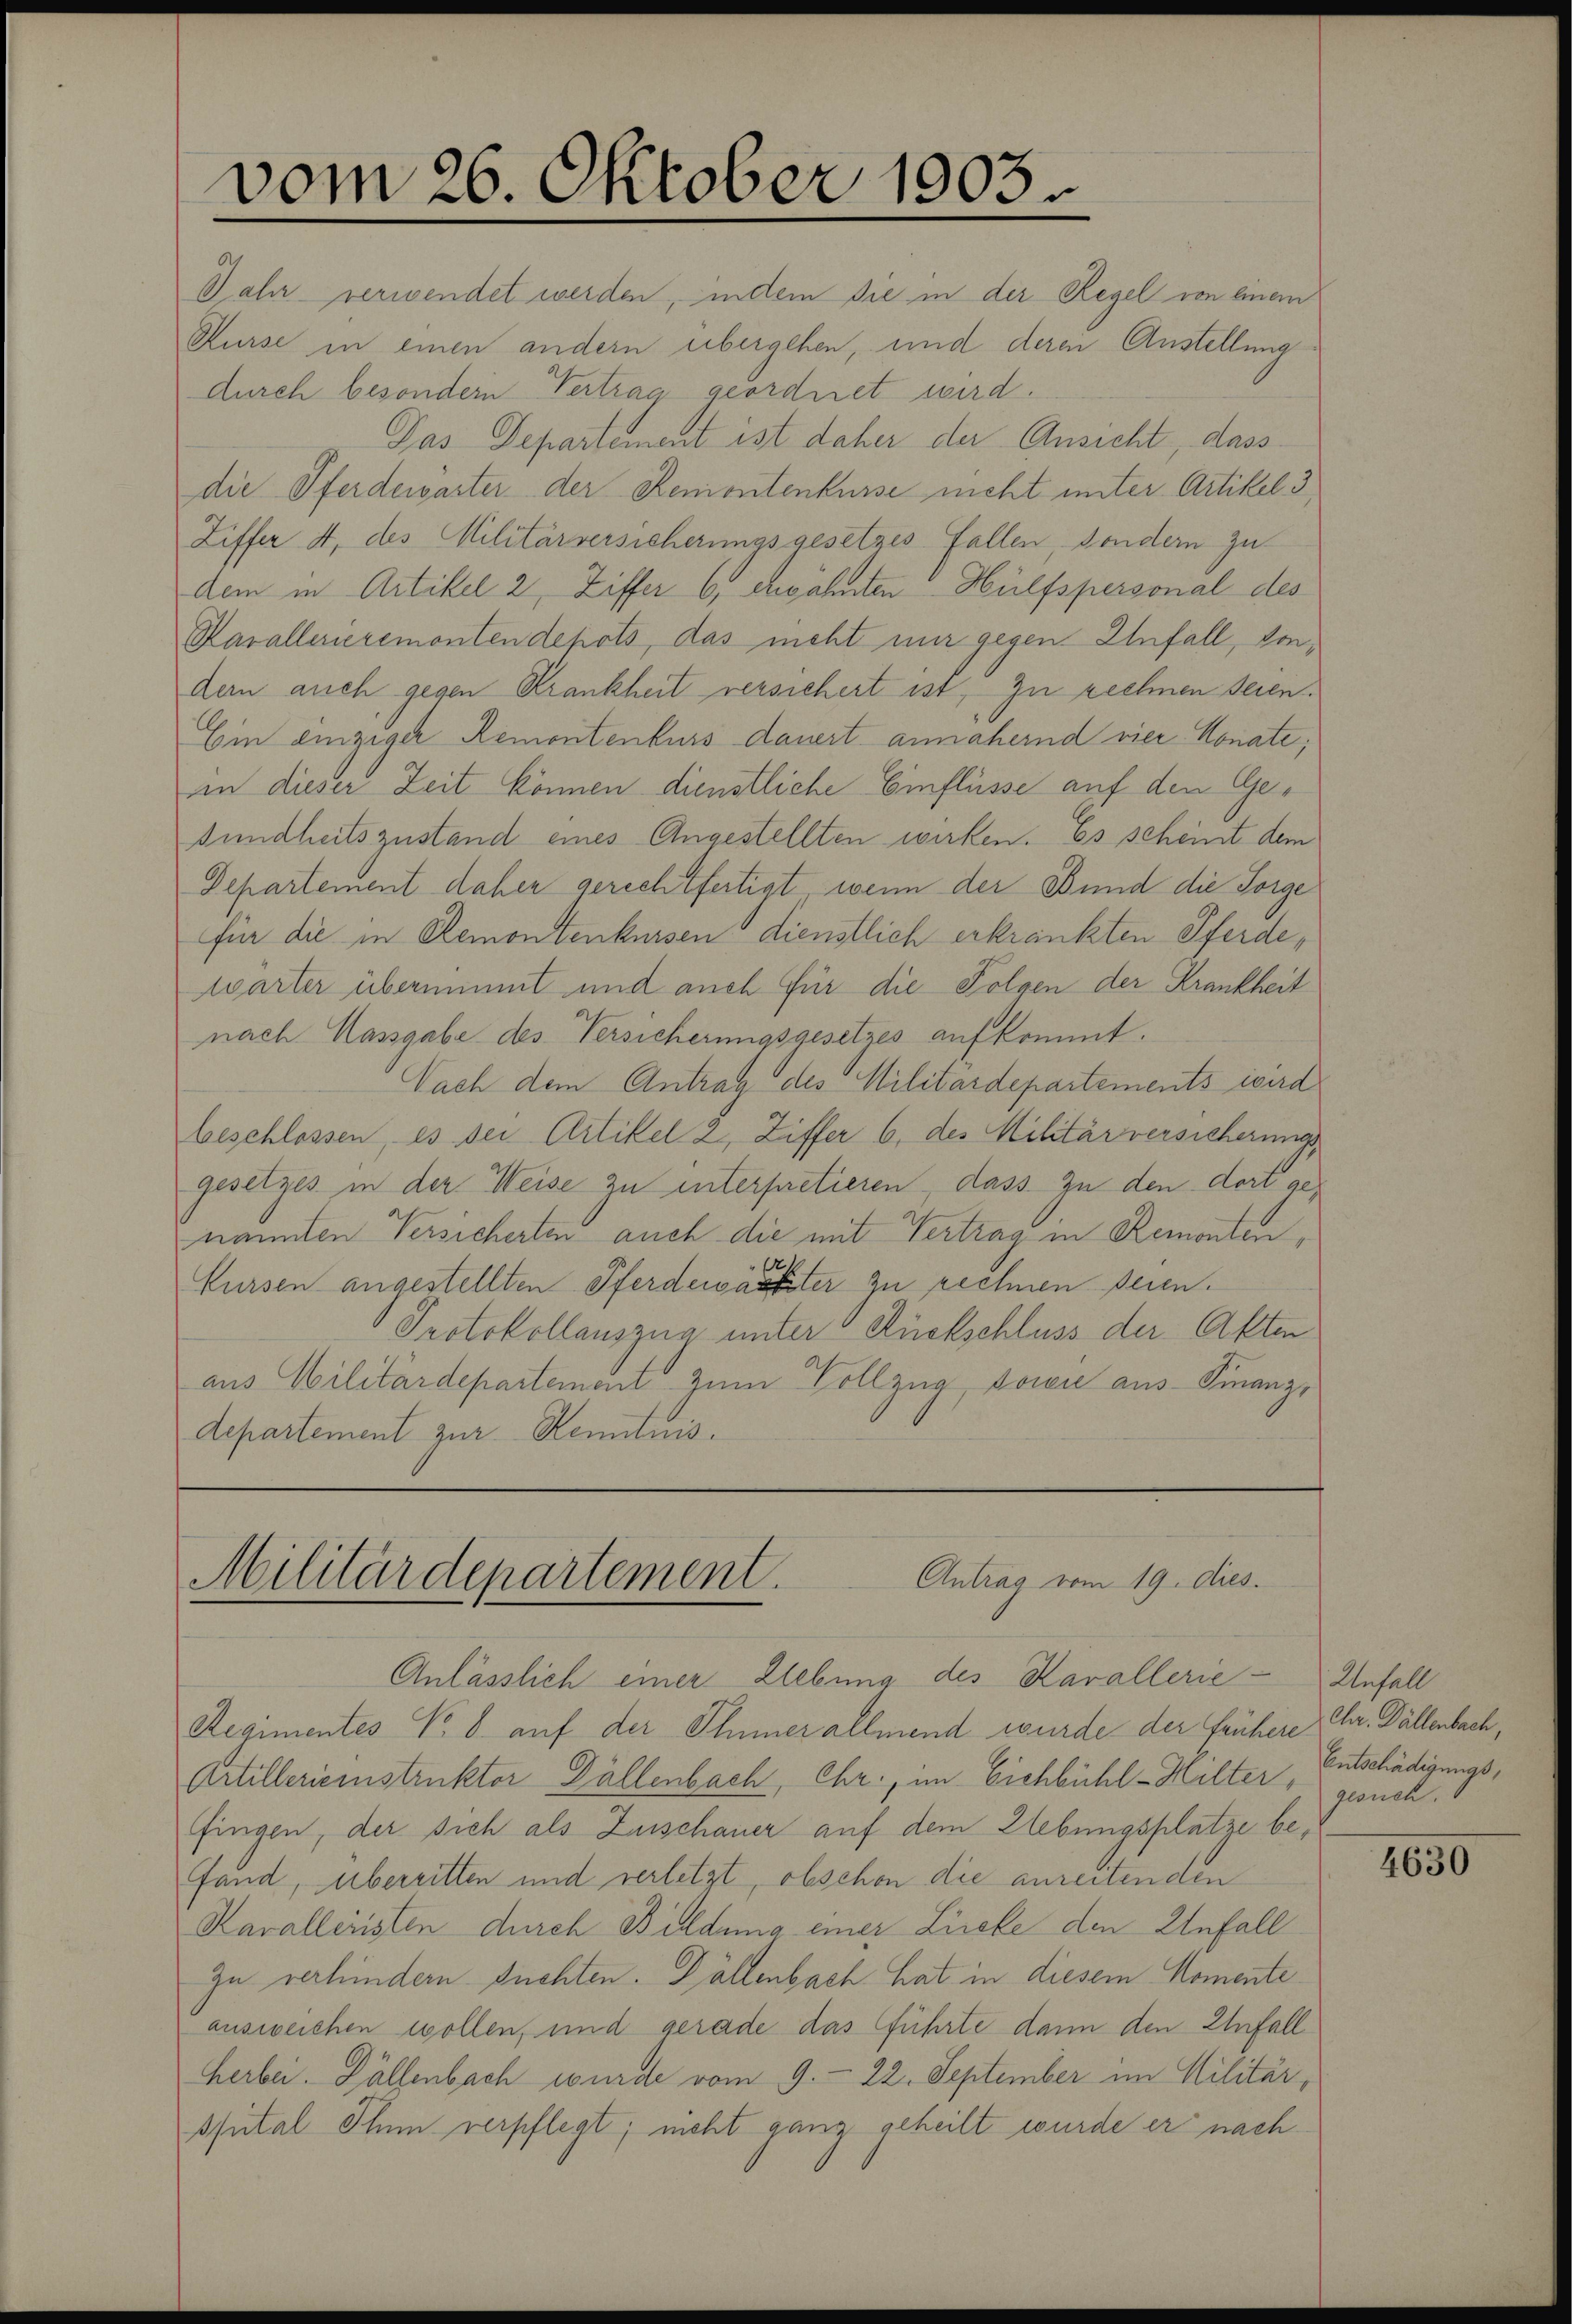
vom 26. Oktober 1903.

Antrag vom 19. dies.
Militärdepartement.
Anlässlich einer Liebung des Kavallerie-Unfall

Jahr verwendet werden, indem sie in der Regel von einem
Kurse in einen andern übergehen, und deren Anstellung
durch besondern Vertrag geordnet wird.
Das Departement ist daher der Ansicht, dass
die Pferdewarter der Reniontenkurse nicht unter Artikel 3,
Liffer 4, des Militärversicherungsgesetzes Fallen sondern zu
dem in Artikel 2, Ziffer 6. Erwähnten Hülfspersonal des
Kavallerieremonten depots, das nicht nur gegen Unfall, vondem auch gegen Krankheit versichert ist, zu rechnen seien.
Ein einziger Remontenkurs dauert annähernd vier Monate,
in dieser Zeit können dienstliche Einflüsse auf den Gesundheitszustand eines Angestellten wirken. Es scheint dem
Departement daher gerechtfertigt wenn der Bund die Sorge
für die in Remontenkursen dienstlich erkränkten Pferde,
wärter übernimmt und auch für die Folgen der Krankheit
nach Massgabe des Versicherungsgesetzes aufkommt.
Nach dem Antrag des Militärdepartements wird
beschlossen, es der Clitikel 2, Ziffer 6. des Militärversicherungs
gesetzes in der Weise zu interpretieren, dass zu den dort genannten Versicherten auch die mit Vertrag in Remonten,
Fürsen angestellten Pferdenarbeiter zu rechnen seien.
Protokollauszug unter Rückschluss der Akten
aus Militärdepartement zum Vollzug, sowie aus-Finanz¬
Departement zur Kenntnis.

Regimentes No 8. auf der Sinner allmend wurde der frühere Chr. Fällenbach,
Artillerienstruktor Dällenbach, Ehr, im Eichbühl-Helter Entschädigungsfingen, der sich als Zuschauer auf dem Hebungsplatze befand, überritten und verletzt, obschon die anreitenden
Kavalleisten durch Bildung einer Lücke den Unfall
Zu verhindern suchten. Dällenbach hat in diesem Momente
ausweichen wollen, und gerade das führte dann den Unfall
Herbei. Fällenbach wurde vom 9. 22. September im Militär,
sfutal Ihm verpflegt; nicht ganz geheilt wurde er nach

gesuch.

4630